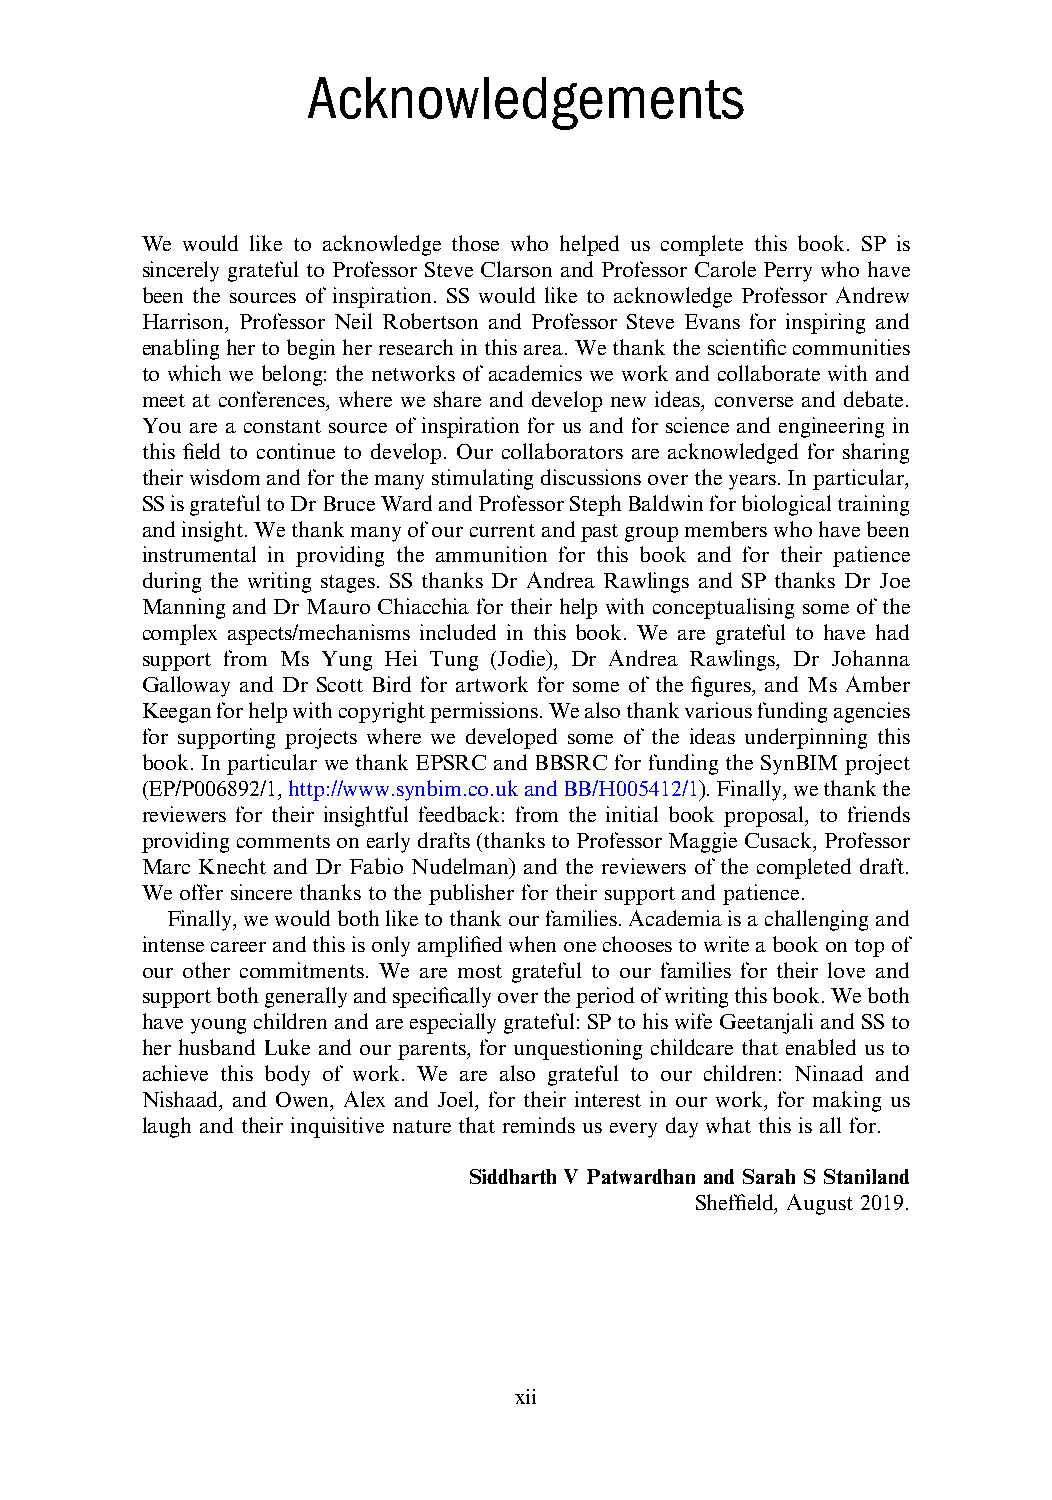
Acknowledgements
 We would like to acknowledge those who helped us complete this book. SP is
 sincerely grateful to Professor Steve Clarson and Professor Carole Perry who have
 been the sources of inspiration. SS would like to acknowledge Professor Andrew
 Harrison, Professor Neil Robertson and Professor Steve Evans for inspiring and
 enablinghertobeginher researchinthisarea.Wethankthe scientific communities
 to which we belong: the networks of academics we work and collaborate with and
 meet at conferences, where we share and develop new ideas, converse and debate.
 You are a constant source of inspiration for us and for science and engineering in
 this field to continue to develop. Our collaborators are acknowledged for sharing
 theirwisdomandforthemanystimulatingdiscussionsovertheyears.Inparticular,
 SSisgratefultoDrBruceWardandProfessorStephBaldwinforbiologicaltraining
 andinsight.Wethankmanyofourcurrentandpastgroupmemberswhohavebeen
 instrumental in providing the ammunition for this book and for their patience
 during the writing stages. SS thanks Dr Andrea Rawlings and SP thanks Dr Joe
 Manning and Dr Mauro Chiacchia for their help with conceptualising some of the
 complex aspects/mechanisms included in this book. We are grateful to have had
 support from Ms Yung Hei Tung (Jodie), Dr Andrea Rawlings, Dr Johanna
 Galloway and Dr Scott Bird for artwork for some of the figures, and Ms Amber
 Keeganforhelpwithcopyrightpermissions.Wealsothankvariousfundingagencies
 for supporting projects where we developed some of the ideas underpinning this
 book. In particular we thank EPSRC and BBSRC for funding the SynBIM project
 (EP/P006892/1,http://www.synbim.co.ukandBB/H005412/1).Finally,wethankthe
 reviewers for their insightful feedback: from the initial book proposal, to friends
 providingcommentsonearlydrafts(thankstoProfessorMaggieCusack,Professor
 Marc Knecht and Dr Fabio Nudelman) and the reviewers of the completed draft.
 We offer sincere thanks to the publisher for their support and patience.
 Finally,wewouldbothliketothankourfamilies.Academiaisachallengingand
 intensecareerandthisisonlyamplifiedwhenonechoosestowriteabookontopof
 our other commitments. We are most grateful to our families for their love and
 supportbothgenerallyandspecificallyovertheperiodofwritingthisbook.Weboth
 haveyoungchildrenandareespeciallygrateful:SPtohiswifeGeetanjaliandSSto
 her husband Luke and our parents, for unquestioning childcare that enabled us to
 achieve this body of work. We are also grateful to our children: Ninaad and
 Nishaad, and Owen, Alex and Joel, for their interest in our work, for making us
 laugh and their inquisitive nature that reminds us every day what this is all for.
 Siddharth V Patwardhan and Sarah S Staniland
 Sheffield, August 2019.
 xii